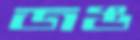
জঙ